Vaccination North-Western Provinces and Oudh 1878-1895 - 1878-1895
Year: 1878
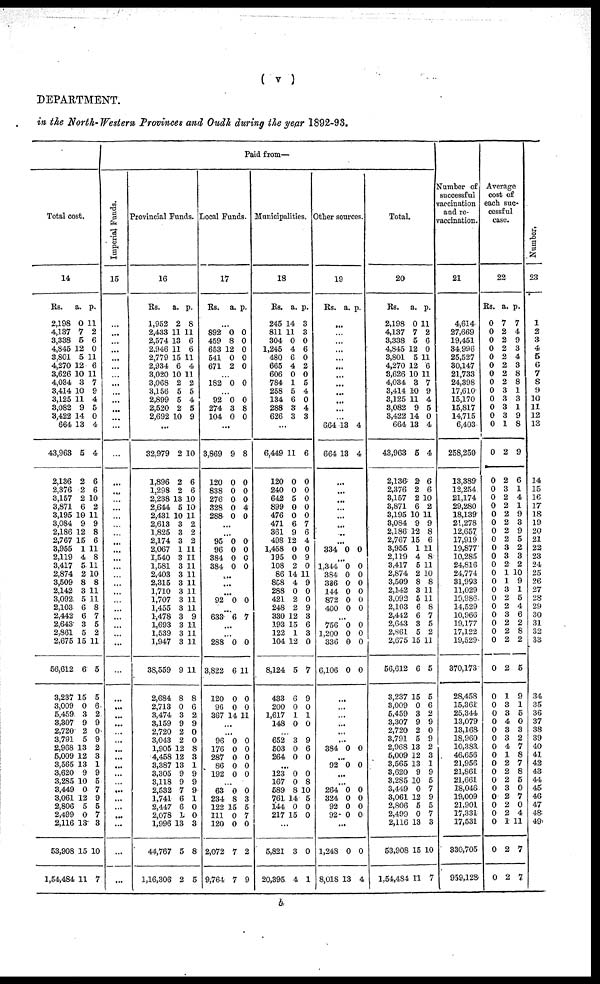
( v )
DEPARTMENT.
in the North-Western Provinces and Oudh during the year 1892-93.
Total cost.
14
Rs.
2,198
4,137
3,338
4,845
3,801
4,270
3,626
4,034
3,414
3,125
3,082
3,422
664
43,963
2,136
2,376
3,157
3,871
3,195
3,084
2,186
2,767
3,955
2,119
3,417
2,874
3,509
2,142
3,092
2,103
2,442
2,643
2,861
2,675
56,612
3,237
3,009
5,459
3,307
2,720
3,791
2,968
5,009
3,565
3,620
3,285
3,449
3,061
2,806
2,499
2,116
53,908
1,54,484
a.
0
7
5
12
5
12
10
3
10
11
9
14
13
5
2
2
2
6
19
9
12
15
1
4
5
2
8
3
5
6
6
3
5
15
6
15
0
3
9
2
5
13
12
13
9
10
0
12
5
0
13
15
11
p.
11
2
6
0
11
6
11
7
9
4
5
0
4
4
6
6
10
2
11
9
8
6
11
8
11
10
8
11
11
8
7
5
2
11
5
5
6
2
9
0
9
2
3
1
9
5
7
9
5
7
3
10
7
Paid from—
Imperial Funds.
15
...
...
...
...
...
...
...
...
...
...
...
...
...
...
...
...
...
...
...
...
...
...
...
...
...
...
...
...
...
...
...
...
...
...
...
...
...
...
...
...
...
...
...
...
...
...
...
...
...
...
...
...
...
Provincial Funds.
16
Rs.
1,952
2,433
2,574
2,946
2,779
2,934
3,020
3,068
3,156
2,899
2,520
2,692
...
32,979
1,896
1,298
2,238
2,644
2,431
2,613
1,825
2,174
2,067
1,540
1,581
2,403
2,315
1,710
1,707
1,455
1,478
1,693
1,539
1,947
38,559
2,684
2,713
3,474
3,159
2,720
3,043
1,905
4,458
3,387
3,305
3,118
2,532
1,741
2,447
2,078
1,996
44,767
1,16,306
a.
2
11
13
11
15
6
10
2
5
5
2
10
2
2
2
13
5
10
3
3
3
1
3
3
3
3
3
3
3
3
3
3
3
9
8
0
3
9
2
2
12
12
13
9
9
7
6
6
1
13
5
2
p.
8
11
6
6
11
4
11
2
5
4
5
9
10
6
6
10
10
11
2
2
2
11
11
11
11
11
11
11
11
9
11
11
11
11
8
6
2
9
0
0
8
3
1
9
9
9
1
0
0
3
8
5
Local Funds.
17
Rs. a. p.
...
892
459
653
541
671
0
8
12
0
2
0
0
0
0
0
...
182 0 0
...
92
274
104
0
3
0
0
8
0
...
3,869
120
838
276
328
288
9
0
0
0
0
0
8
0
0
0
4
0
...
...
95
96
384
384
0
0
0
0
0
0
0
0
...
...
...
92 0 0
...
633 6 7
...
...
288
3,822
120
96
367
0
6
0
0
14
0
11
0
0
11
...
...
96
176
287
86
192
0
0
0
0
0
0
0
0
0
0
63
234
122
111
120
2,072
9,764
0
8
15
0
0
7
7
0
3
5
7
0
2
9
Municipalities.
18
Rs.
245
811
304
1,245
480
665
606
784
258
134
288
626
...
6,449
120
240
642
899
476
471
361
498
1,458
195
108
86
858
288
421
248
330
193
122
104
8,124
433
200
1,617
148
a.
14
11
0
4
6
4
0
1
5
6
3
3
11
0
0
5
0
0
6
9
12
0
0
2
14
4
0
2
2
12
15
1
12
5
6
0
1
0
p.
3
3
0
6
0
2
0
5
4
0
4
3
6
0
0
0
0
0
7
6
4
0
9
0
11
9
0
0
9
3
6
3
0
7
9
0
1
0
652
503
264
3
0
0
9
6
0
...
123
167
589
761
144
217
0
0
8
14
0
15
0
8
10
5
0
0
...
5,821
20,395
3
4
0
1
Other sources.
19
Rs. a. p.
...
...
...
...
...
...
...
...
...
...
...
...
664
664
13
13
4
4
...
...
...
...
...
...
...
...
334 0 0
...
1,344
384
336
144
872
400
0
0
0
0
0
0
0
0
0
0
0
0
...
756
1,200
336
6,106
0
0
0
0
0
0
0
0
...
...
...
...
...
...
384
...
92
0
0
0
0
...
...
264
324
92
92
0
0
0
0
0
0
0
0
...
1,248
8,018
0
13
0
4
Total.
20
Rs.
2,198
4,137
8,338
4,845
3,801
4,270
8,626
4,034
3,414
3,125
3,082
3,422
664
43,963
2,136
2,376
3,157
3,871
3,195
3,084
2,186
2,767
3,955
2,119
3,417
2,874
3,509
2,142
3,092
2,103
2,442
2,643
2,861
2,675
56,612
3,237
3,009
5,459
3,307
2,720
3,791
2,968
5,009
3,565
3,620
3,285
3,449
3,061
2,806
2,499
2,116
53,908
1.54,484
a.
0
7
5
12
5
12
10
3
10
11
9
14
13
5
2
2
2
6
10
9
12
15
1
4
5
2
8
3
5
6
6
3
5
15
6
15
0
3
9
2
5
13
12
13
9
10
0
12
5
0
13
15
11
p.
11
2
6
0
11
6
11
7
9
4
5
0
4
4
6
6
10
2
11
9
8
6
11
8
11
10
8
11
11
8
7
5
2
11
5
5
6
2
9
0
9
2
3
1
9
5
7
9
5
7
3
10
7
Number of
successful
vaccination
and re-
vaccination.
21
4,614
27,669
19,451
34,996
25,527
30,147
21,733
24,398
17,610
15,170
15,817
14,715
6,403
258,259
13,389
12,254
21,174
29,280
18,139
21,278
12,657
17,919
19,877
10,285
24,816
24,774
31,993
11,029
19,986
14,529
10,966
19,177
17,122
19,529
370,173
28,458
15,361
25,344
13,079
13,168
18,960
10,383
46,656
21,956
21,861
21,661
18,046
19,009
21,901
17,331
17,531
330,705
959,128
Average
cost of
each suc-
cessful
case.
22
Rs.
0
0
0
0
0
0
0
0
0
0
0
0
0
0
0
0
0
0
0
0
0
0
0
0
0
0
0
0
0
0
0
0
0
0
0
0
0
0
0
0
0
0
0
0
0
0
0
0
0
0
0
0
0
a.
7
2
2
2
2
2
2
2
3
3
3
3
1
2
2
3
2
2
2
2
2
2
3
3
2
1
1
3
2
2
3
2
2
2
2
1
3
3
4
3
3
4
1
2
2
2
3
2
2
2
1
2
2
p.
7
4
9
3
4
3
8
8
1
3
1
9
8
9
6
1
4
1
9
3
9
5
2
3
2
10
9
1
5
4
6
2
8
2
5
9
1
5
0
3
2
7
8
7
8
5
0
7
0
4
11
7
7
Number.
23
1
2
3
4
5
6
7
8
9
10
11
12
13
14
l5
16
17
18
19
20
21
22
23
24
25
26
27
28
29
30
31
32
33
34
35
36
37
38
39
40
41
42
43
44
45
46
47
48
49
b